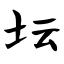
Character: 坛